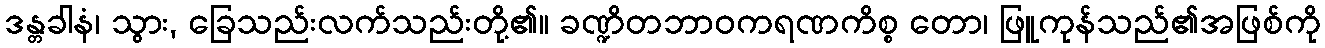
ဒန္တခါနံ၊ သွား, ခြေသည်းလက်သည်းတို့၏။ ခဏ္ဍိတဘာဝကရဏကိစ္စ တော၊ ဖြူကုန်သည်၏အဖြစ်ကို